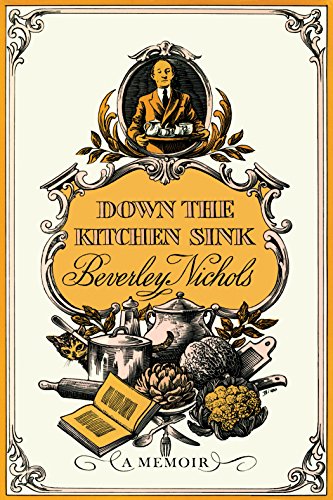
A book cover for Down the Kitchen Sink; Beverley Nichols; Crafts, Hobbies & Home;